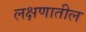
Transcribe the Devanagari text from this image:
लक्षणातील